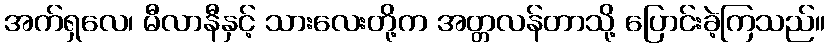
အက်ရှလေ၊ မီလာနီနှင့် သားလေးတို့က အတ္တလန်တာသို့ ပြောင်းခဲ့ကြသည်။